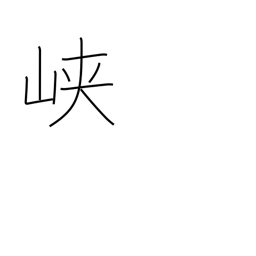
Meaning: ravine